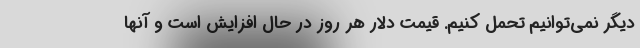
دیگر نمی‌توانیم تحمل کنیم. قیمت دلار هر روز در حال افزایش است و آنها